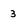
Character: 3